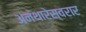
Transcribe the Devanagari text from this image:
अनंथारेस्वरार